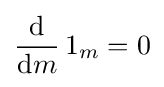
{\frac {\mathrm {d} }{\mathrm {d} m}}\,1_{m}=0